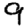
Digit: 9